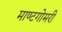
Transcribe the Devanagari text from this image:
माण्टगोमरी